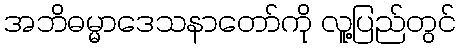
အဘိဓမ္မာဒေသနာတော်ကို လူ့ပြည်တွင်